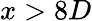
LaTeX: x>8D